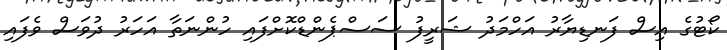
ކޯޓުގެ އިސް ފަނޑިޔާރު އަހްމަދު ޝަރީފު ސަސްޕެންޑްކޮށްފައި ހުންނަތާ އަހަރު ދުވަސް ވެފައި